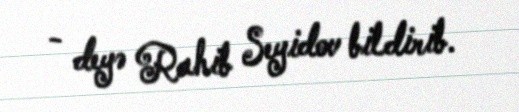
- deyə Rahib Seyidov bildirib.